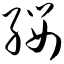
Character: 缨